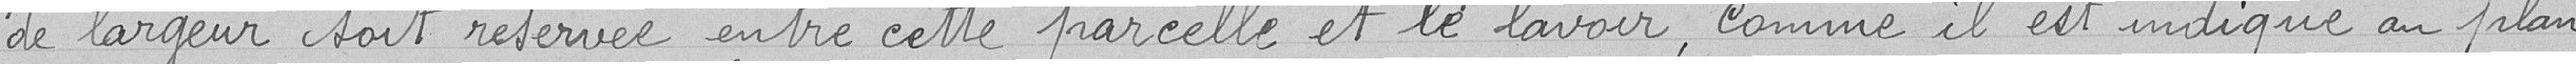
de largeur soit réservée entre cette parcelle et le lavoir, comme il est indiqué au plan